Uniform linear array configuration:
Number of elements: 32
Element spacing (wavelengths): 0.5
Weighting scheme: binomial
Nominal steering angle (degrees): -15
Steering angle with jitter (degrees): -16.11
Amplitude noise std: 0.05
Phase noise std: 0.05

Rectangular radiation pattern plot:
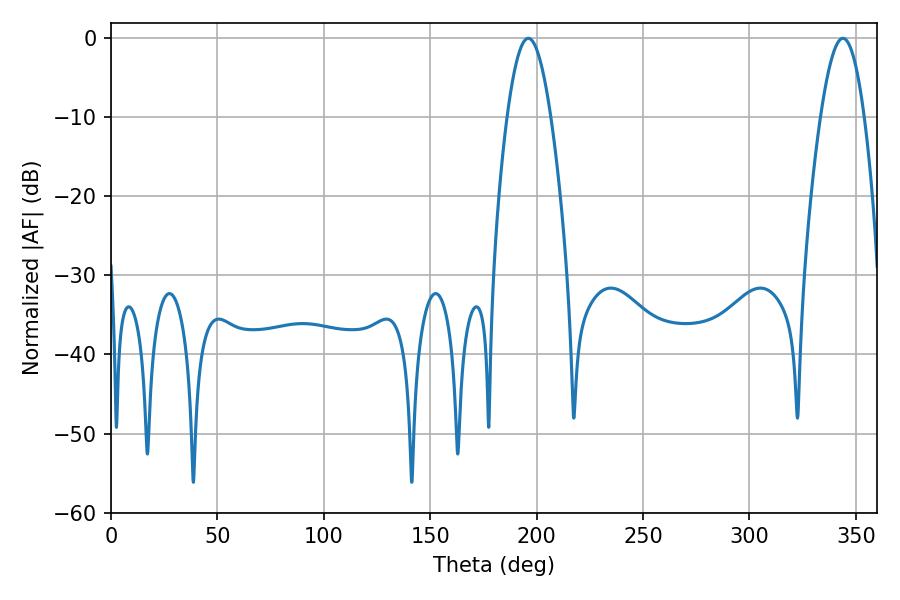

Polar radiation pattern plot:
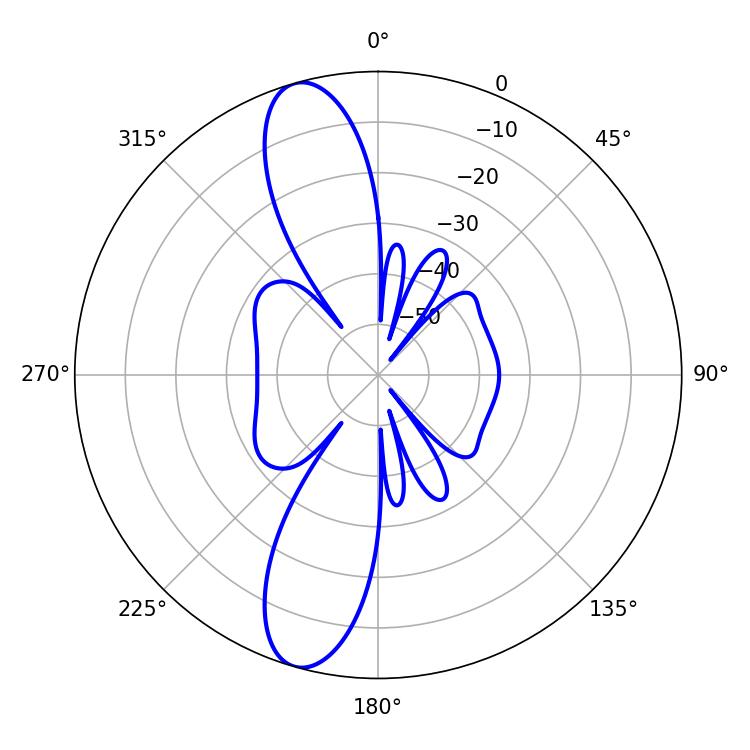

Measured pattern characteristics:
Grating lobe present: FALSE
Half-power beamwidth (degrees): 11.16
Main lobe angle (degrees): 196.02